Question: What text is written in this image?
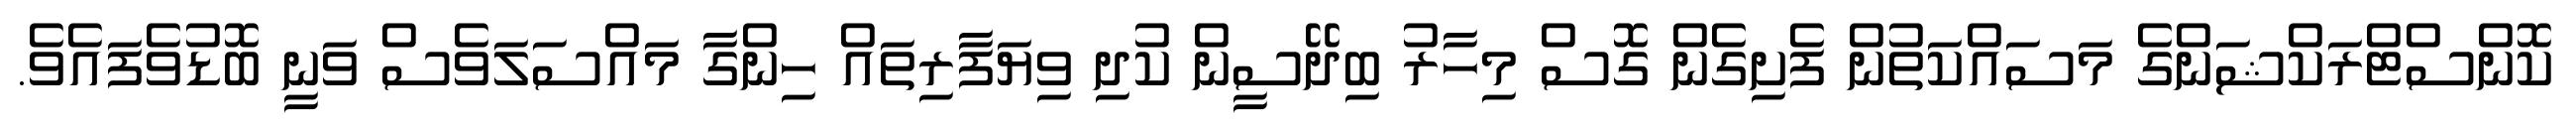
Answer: ކޮންސްޓްރަކްޝަންގެ މަސައްކަތުން ފެށިގެން ގޮސް މިހާރު ބިދޭސީން ކުދި ވިޔަފާރިތައް ހިންގާ މައްސަލަވެސް ވަނީ ބޮޑުވެފައެވެ.